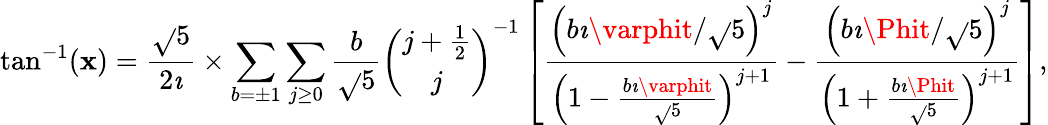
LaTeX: \tan^{-1}(\mathbf{x})={\frac{{\sqrt{}{{5}}}}{{2\imath}}}\times\sum_{b=\pm1}\sum_{j\geq0}{\frac{{b}}{{\sqrt{}{{5}}}}}{\binom{j+{\frac{{1}}{{2}}}}{j}}^{-1}\left[{\frac{{\left(b\imath\varphit/{\sqrt{}{{5}}}\right)^{j}}}{{\left(1-{\frac{{b\imath\varphit}}{{\sqrt{}{{5}}}}}\right)^{j+1}}}}-{\frac{{\left(b\imath\Phit/{\sqrt{}{{5}}}\right)^{j}}}{{\left(1+{\frac{{b\imath\Phit}}{{\sqrt{}{{5}}}}}\right)^{j+1}}}}\right],